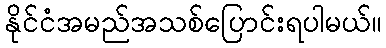
နိုင်ငံအမည်အသစ်ပြောင်းရပါမယ်။